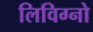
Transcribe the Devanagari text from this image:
लिविग्नो